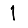
Digit: 1